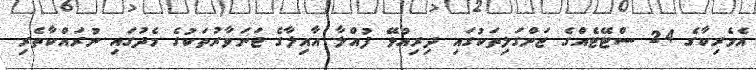
އެމެރިކާގެ 24 ސްޓޭޓެއްގެ ޖަންގަލިތަކުގައި ދިރިއުޅޭ ފުއްލާ އާއިލާގެ ޖަނަވާރުތަކުގެ މެދުގައި ނުރައްކާތެރި